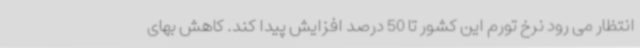
انتظار می رود نرخ تورم این کشور تا 50 درصد افزایش پیدا کند. کاهش بهای